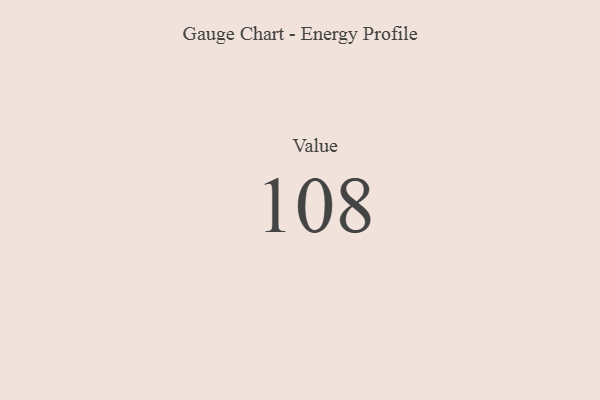
{"axis": {"x": "Metric", "y": "Value"}, "legend": [""], "data": [{"x": "Value", "y": 108, "type": ""}]}